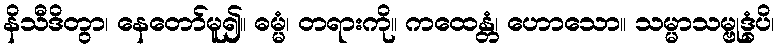
နိသီဒိတွာ၊ နေတော်မူ၍။ ဓမ္မံ၊ တရားကို။ ကထေန္တံ၊ ဟောသော။ သမ္မာသမ္ဗုဒ္ဓံပိ၊